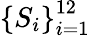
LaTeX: \left\{ S_{i}\right\} _{i=1}^{12}